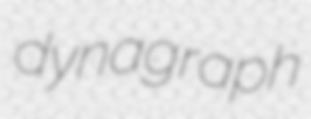
dynagraph